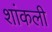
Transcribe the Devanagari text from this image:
शांकली